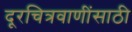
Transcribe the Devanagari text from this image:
दूरचित्रवाणींसाठी